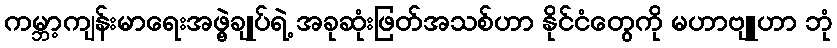
ကမ္ဘာ့ကျန်းမာရေးအဖွဲ့ချုပ်ရဲ့ အခုဆုံးဖြတ်အသစ်ဟာ နိုင်ငံတွေကို မဟာဗျူဟာ ဘုံ